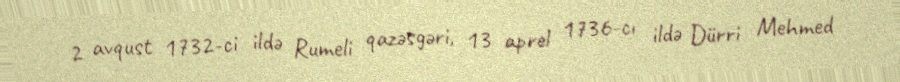
2 avqust 1732-ci ildə Rumeli qazəsgəri, 13 aprel 1736-cı ildə Dürri Mehmed